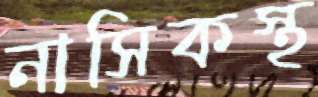
নাসিকস্থ